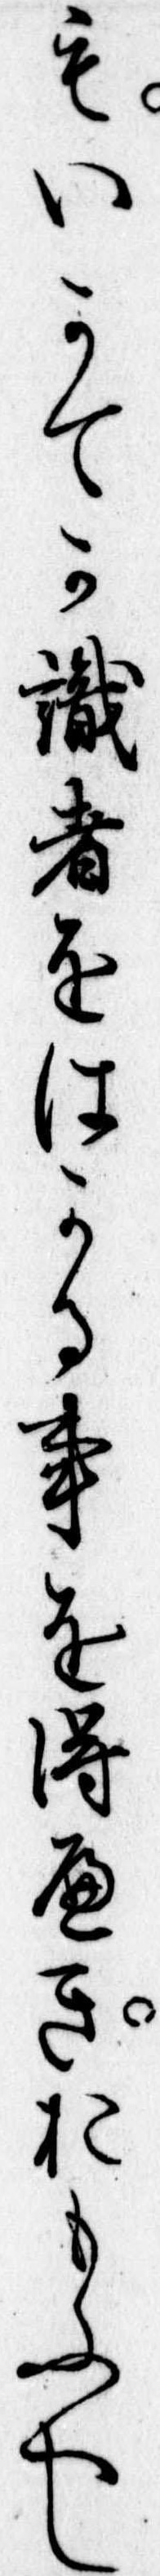
もいかてか識者をはかる事を得へきおもふへし